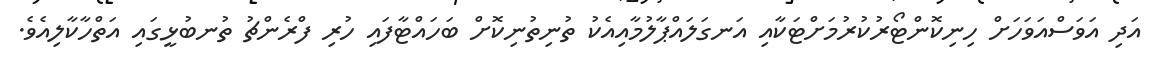
އަދި އަވަސްއަވަހަށް ހިނިކޮންޓޯރުކުރުމަށްޓަކާއި އަނގަލައްޕާލުމާއިއެކު ތުނިތުނިކޮށް ބަހައްޓާފައި ހުރި ފްރެންޗު ތުނބުޅީގައި އަތްހާކާލިއެވެ.